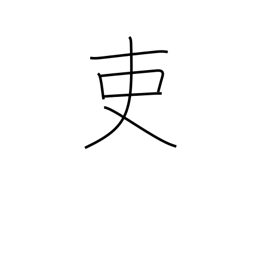
Meaning: an official